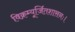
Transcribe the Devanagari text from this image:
विक्रम्यूर्जितशासनः।